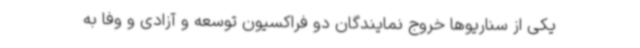
یکی از سناریوها خروج نمایندگان دو فراکسیون توسعه و آزادی و وفا به